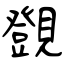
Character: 覴